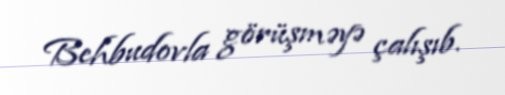
Behbudovla görüşməyə çalışıb.